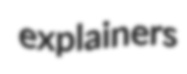
explainers